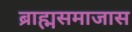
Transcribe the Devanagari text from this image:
ब्राह्मसमाजास